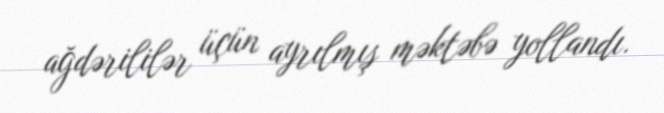
ağdərililər üçün ayrılmış məktəbə yollandı.